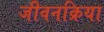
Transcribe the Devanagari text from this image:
जीवनक्रिया